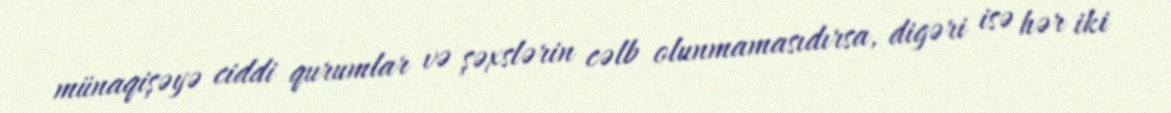
münaqişəyə ciddi qurumlar və şəxslərin cəlb olunmamasıdırsa, digəri isə hər iki